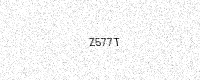
Text: Z577T